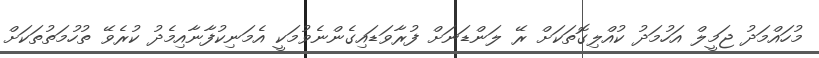
މުހައްމަދު ޖަމީލް އަހުމަދު ކުއްލިގޮތަކަށް ރޭ ލަންޑަނަށް ފުރާވަޑައިގެންނެވުމަކީ އެމަނިކުފާނާއިމެދު ކުރެވޭ ތުހުމަތުތަކަށް